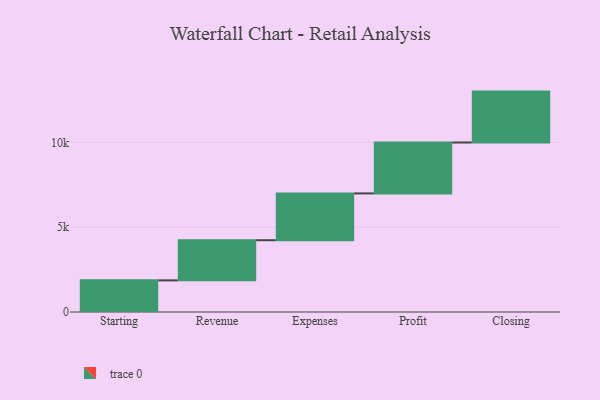
{"axis": {"x": "Step", "y": "Value"}, "legend": [""], "data": [{"x": "Starting", "y": 1865.0, "type": ""}, {"x": "Revenue", "y": 2366.0, "type": ""}, {"x": "Expenses", "y": 2758.0, "type": ""}, {"x": "Profit", "y": 3000, "type": ""}, {"x": "Closing", "y": 3000, "type": ""}]}